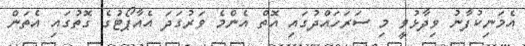
އެމަނިކުފާނު ވިދާޅުވީ މި ސަރަހައްދުގައި އޮތް އެންމެ ވަރުގަދަ އެއާޕޯޓުގެ ގޮތުގައި އެތަން